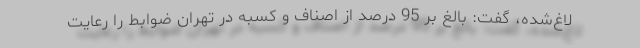
لاغ‌شده، گفت: بالغ بر 95 درصد از اصناف و کسبه در تهران ضوابط را رعایت